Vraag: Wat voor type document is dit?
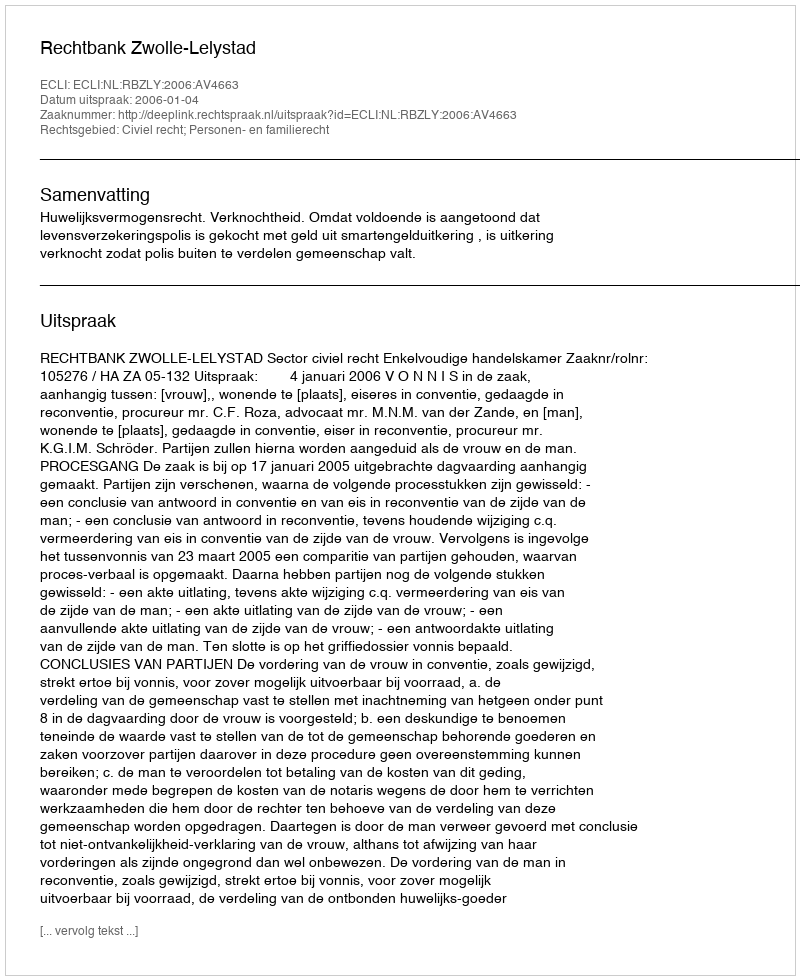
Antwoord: Uitspraak